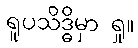
ရူပသိဒ္ဓိမှာ ရှု။